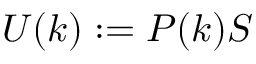
U ( k ) : = P ( k ) S